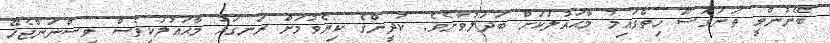
ބޭނުންވީ ތަނަވަސް ހިތްގައިމު މާޙައުލަކަށް ބަދަލުވާށެވެ. ކުދީންގެ ކިޔެވުމަށް ރަނގަޅު މާޙައުލަކީވެސް ވިސްނަންޖެހޭ